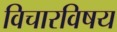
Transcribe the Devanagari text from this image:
विचारविषय